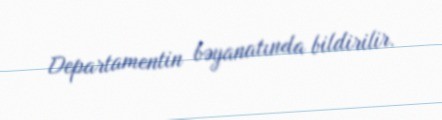
Departamentin bəyanatında bildirilir.